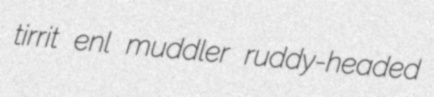
tirrit enl muddler ruddy-headed